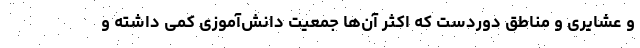
و عشایری و مناطق دوردست که اکثر آن‌ها جمعیت دانش‌آموزی کمی داشته و